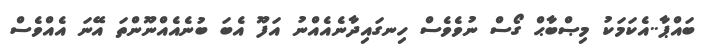
ބައްޕާ..އެކަމަކު މިޞްބާޙް ގޯސް ނުވެވެސް ހިނގައިދާނެއެއްނު އަފޫ އެބަ ބުނެއެއްނޫންތަ އޭނަ އެއްވެސް